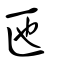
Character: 匜